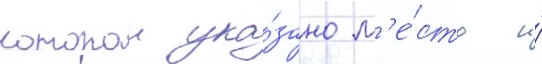
которои ука́зано м'е́сто и́